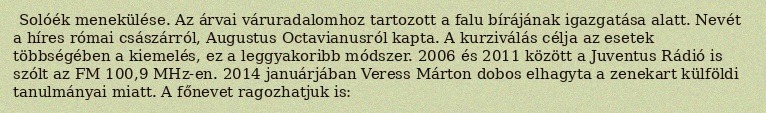
Solóék menekülése. Az árvai váruradalomhoz tartozott a falu bírájának igazgatása alatt. Nevét a híres római császárról, Augustus Octavianusról kapta. A kurziválás célja az esetek többségében a kiemelés, ez a leggyakoribb módszer. 2006 és 2011 között a Juventus Rádió is szólt az FM 100,9 MHz-en. 2014 januárjában Veress Márton dobos elhagyta a zenekart külföldi tanulmányai miatt. A főnevet ragozhatjuk is: